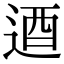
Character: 逎